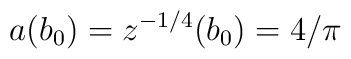
a(b_0)=z^{-1/4}(b_0)=4/\pi